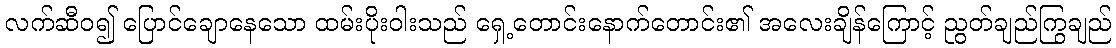
လက်ဆီဝ၍ ပြောင်ချောနေသော ထမ်းပိုးဝါးသည် ရှေ့တောင်းနောက်တောင်း၏ အလေးချိန်ကြောင့် ညွတ်ချည်ကြွချည်